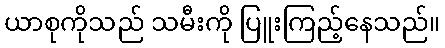
ယာစုကိုသည် သမီးကို ပြူးကြည့်နေသည်။